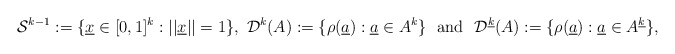
\begin{align*}\mathcal{S}^{k - 1} := \{\underline{x} \in [0,1]^{k} : ||\underline{x}|| = 1\}, ~ \mathcal{D}^{k}(A) := \{\rho(\underline{a}) : \underline{a} \in A^{k}\} ~ \mbox{ and } ~ \mathcal{D}^{\underline{k}}(A) := \{\rho(\underline{a}) : \underline{a} \in A^{\underline{k}}\},\end{align*}